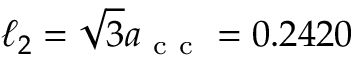
\ell _ { 2 } = \sqrt { 3 } a _ { \mathrm { ~ c ~ c ~ } } = 0 . 2 4 2 0